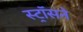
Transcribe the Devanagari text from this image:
स्ट्रॉसने